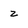
Character: z